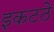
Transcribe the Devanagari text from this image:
इकटठे